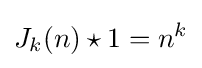
J_{k}(n)\star 1=n^{k}